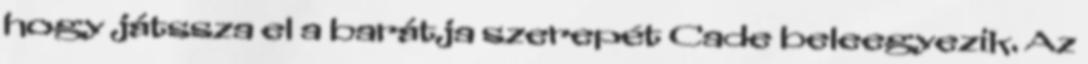
hogy játssza el a barátja szerepét Cade beleegyezik. Az